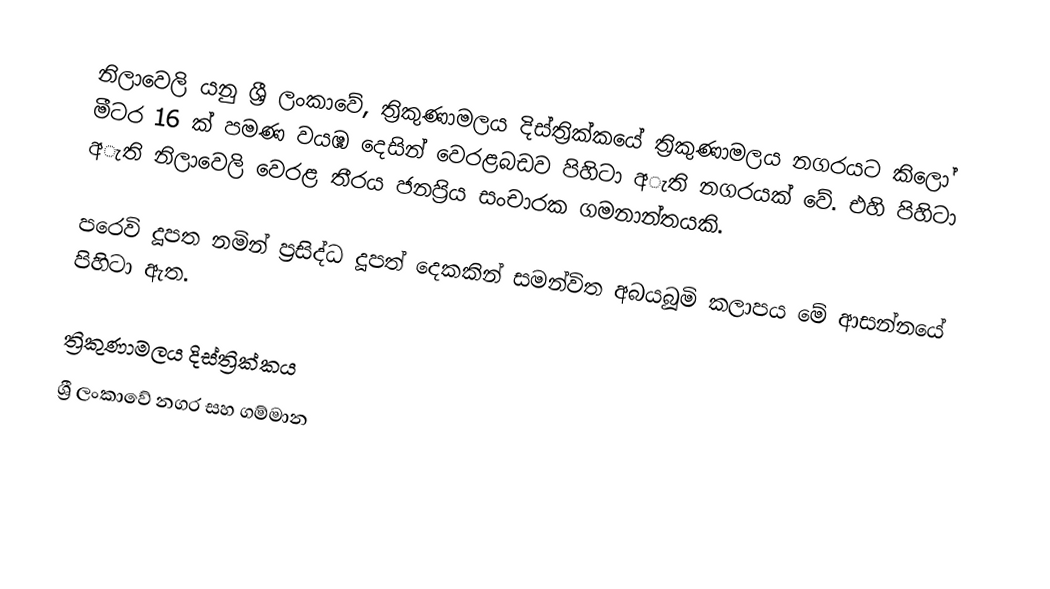
නිලාවෙලි යනු ශ්‍රී ලංකාවේ, ත්‍රිකුණාමලය දිස්ත්‍රික්කයේ ත්‍රිකුණාමලය නගරයට කිලෝ මීටර 16 ක් පමණ වයඹ දෙසින් වෙරළබඩව පිහිටා අැති නගරයක් වේ. එහි පිහිටා අැති නිලාවෙලි වෙරළ තීරය ජනප්‍රිය සංචාරක ගමනාන්තයකි.

පරෙවි දූපත නමින් ප්‍රසිද්ධ දූපත් දෙකකින් සමන්විත අබයබූමි කලාපය මේ ආසන්නයේ පිහිටා ඇත.

ත්‍රිකුණාමලය දිස්ත්‍රික්කය
ශ්‍රී ලංකාවේ නගර සහ ගම්මාන